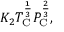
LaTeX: K _ { 2 } T _ { \mathrm { C } } ^ { \frac { 1 } { 3 } } P _ { \mathrm { C } } ^ { \frac { 2 } { 3 } } ,